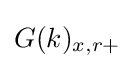
G(k)_{x,r+}